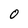
Character: O